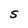
Character: S